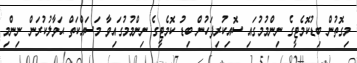
މިގޮތުން ބިޑުކޮމެޓީގެ ނިންމުމުގައި ސޮއިކުރިފަހުން ބިޑު ކޮމެޓީގެ ނިންމުމުގައިވާ މަސައްކަތް ޙަވާލުކުރަން ނިންމި